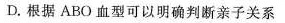
D.根据ABO血型可以明确判断亲子关系